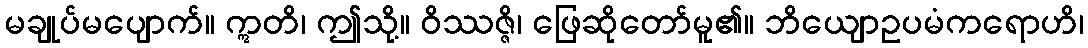
မချုပ်မပျောက်။ ဣတိ၊ ဤသို့။ ဝိဿဇ္ဇိ၊ ဖြေဆိုတော်မူ၏။ ဘိယျောဥပမံကရောဟိ၊